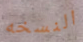
النسخه